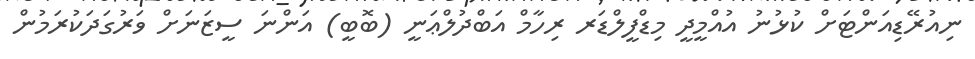
ނިއުރޭޑިއަންޓަށް ކުޅުނު އުއްމީދީ މިޑްފީލްޑަރ ރިހާމް އަބްދުލްޢަނީ (ބޮބީ) އަންނަ ސީޒަނަށް ވަރުގަދަކުރަމުން